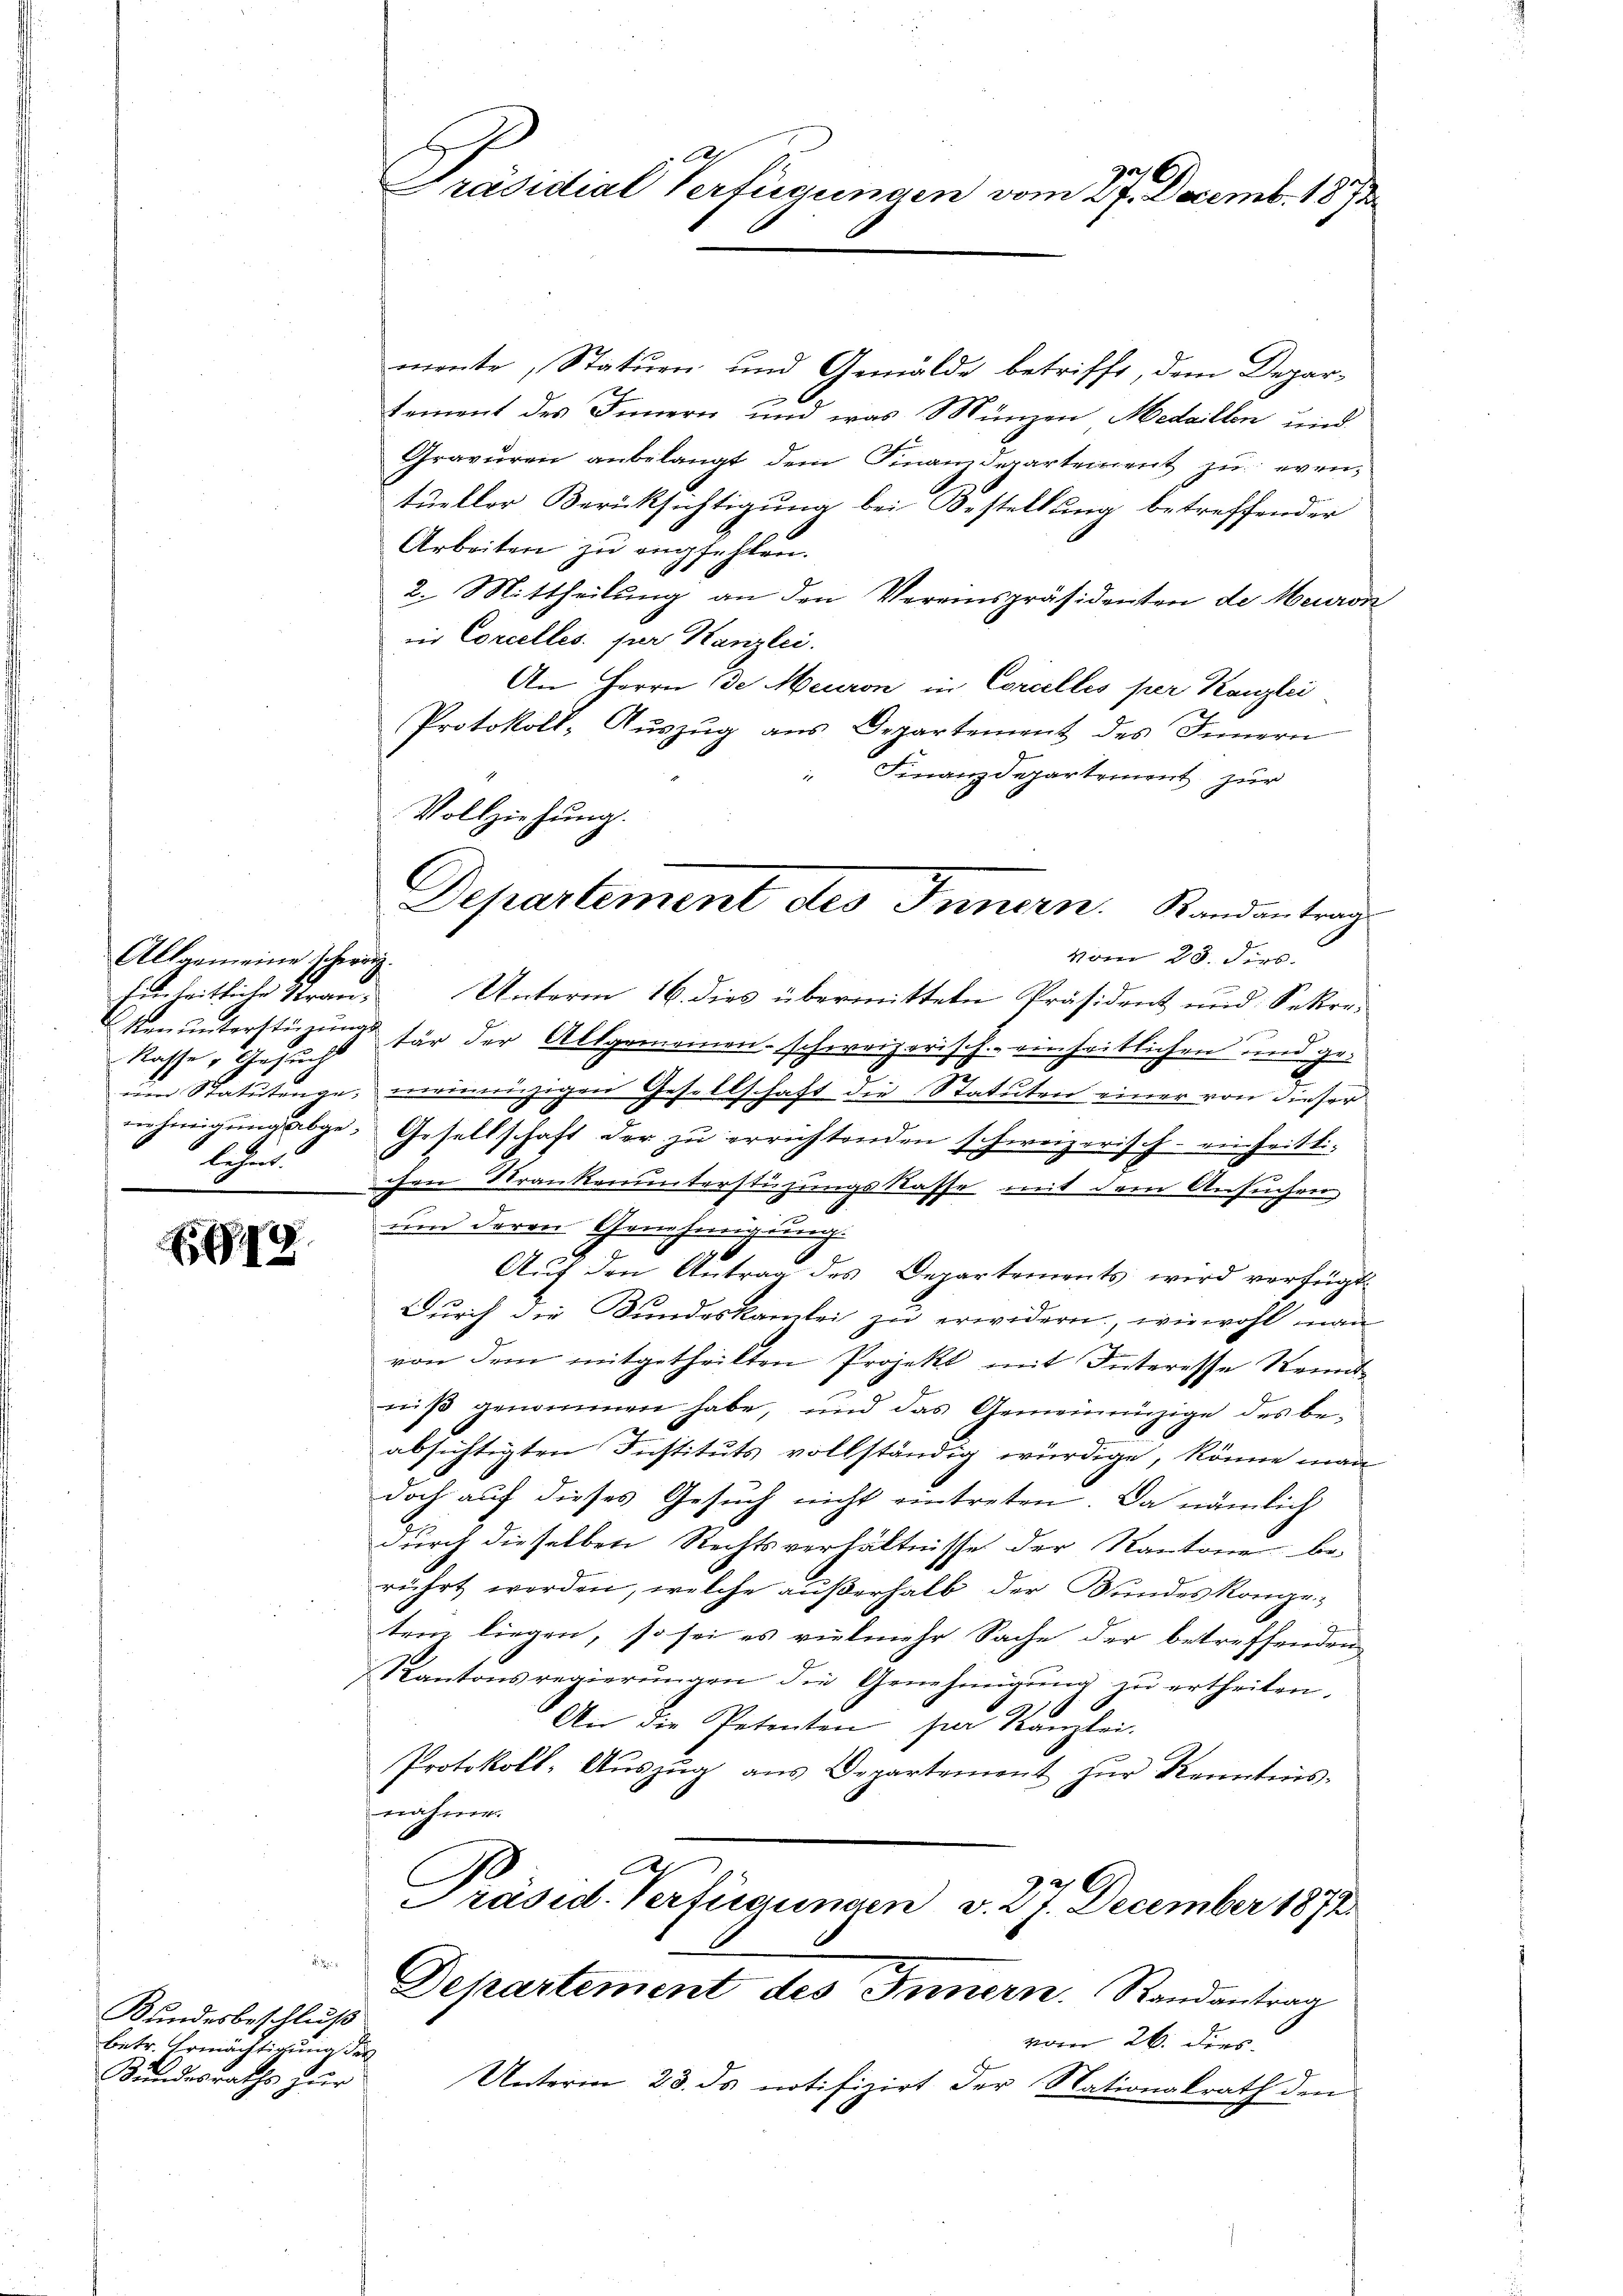
Allgemeine schweiz.
Kasse & Gesucht
lehre

49

Bundesbeschluß
betr. Ermächtigung des
Kundesraths zur

h
Präsidial-Verfügungen vom 27. Decemb. 1873.

Vollziehung.
Departement des Innern. Randantrag
vom 23. Fers.

mente, Statuen und Gemälde betrifft, dem Deparr
tement des Innern und was Münzen Medaillen und
Gravuren anbelangt dem Finanzdepartement zu eventueller Berüksichtigung bei Bestellung betreffender
Arbeiten zu empfehlen.
2. Mittheilung an den Vereinspräsidenten der Meuron
in Concelles. zur Kanzlei.
An Herrn (de Meuron in Concilles per Kanzlei
Protokoll- Aŭszŭg ans Departement des Innern
 Finanzdepartement zur
hinheitliche Stran. Unterm 16. dies übermitteln Präsident und Sekre-
Ienunterstüzung für der Allgemeinen schweizerisch. einheitlichen und geum Statutenge, meinnüzigen Gesellschaft die Statuten einer von dieser
nehmigŭng abge- Gesellschaft der zŭ errichtenden schweizerisch - einheitli-
chen Strankenunterstüzungskasse mit dem Ansuchen
um deren Genehmigung.
0
Aŭf den Antrag des Departements wird verfügt:
Durch die Bundeskamlei zu erwidern, wiewohl man
von dem mitgetheilten Projekt mit Interesse Kennt-
niß genommen habe, und das Gemeineinzige des be-
zun
absichtigten Instituts vollständig würdige, könne man
doch auf dieses Gesuch nicht eintreten. Da nämlich
durch dieselben Rechtsverhältnisse der Kantone be-
rührt werden, welche außerhalb der Bundeskompeten liegen, so sei es vielmehr Sache der betreffenden
Kantonsregierŭngen die Genehmigŭng zŭ ertheilen.
An die Petenten per Kanzlei.
Protokoll-Aŭszŭg ans Departement zŭr Kenntnis-
nahme.
C
C
Präsid. Verfügungen v. 27. December 1872
Departement des Innern. Randantrag
vom 26. ders.
Unterm 23. ds notifizirt der Nationalrath den